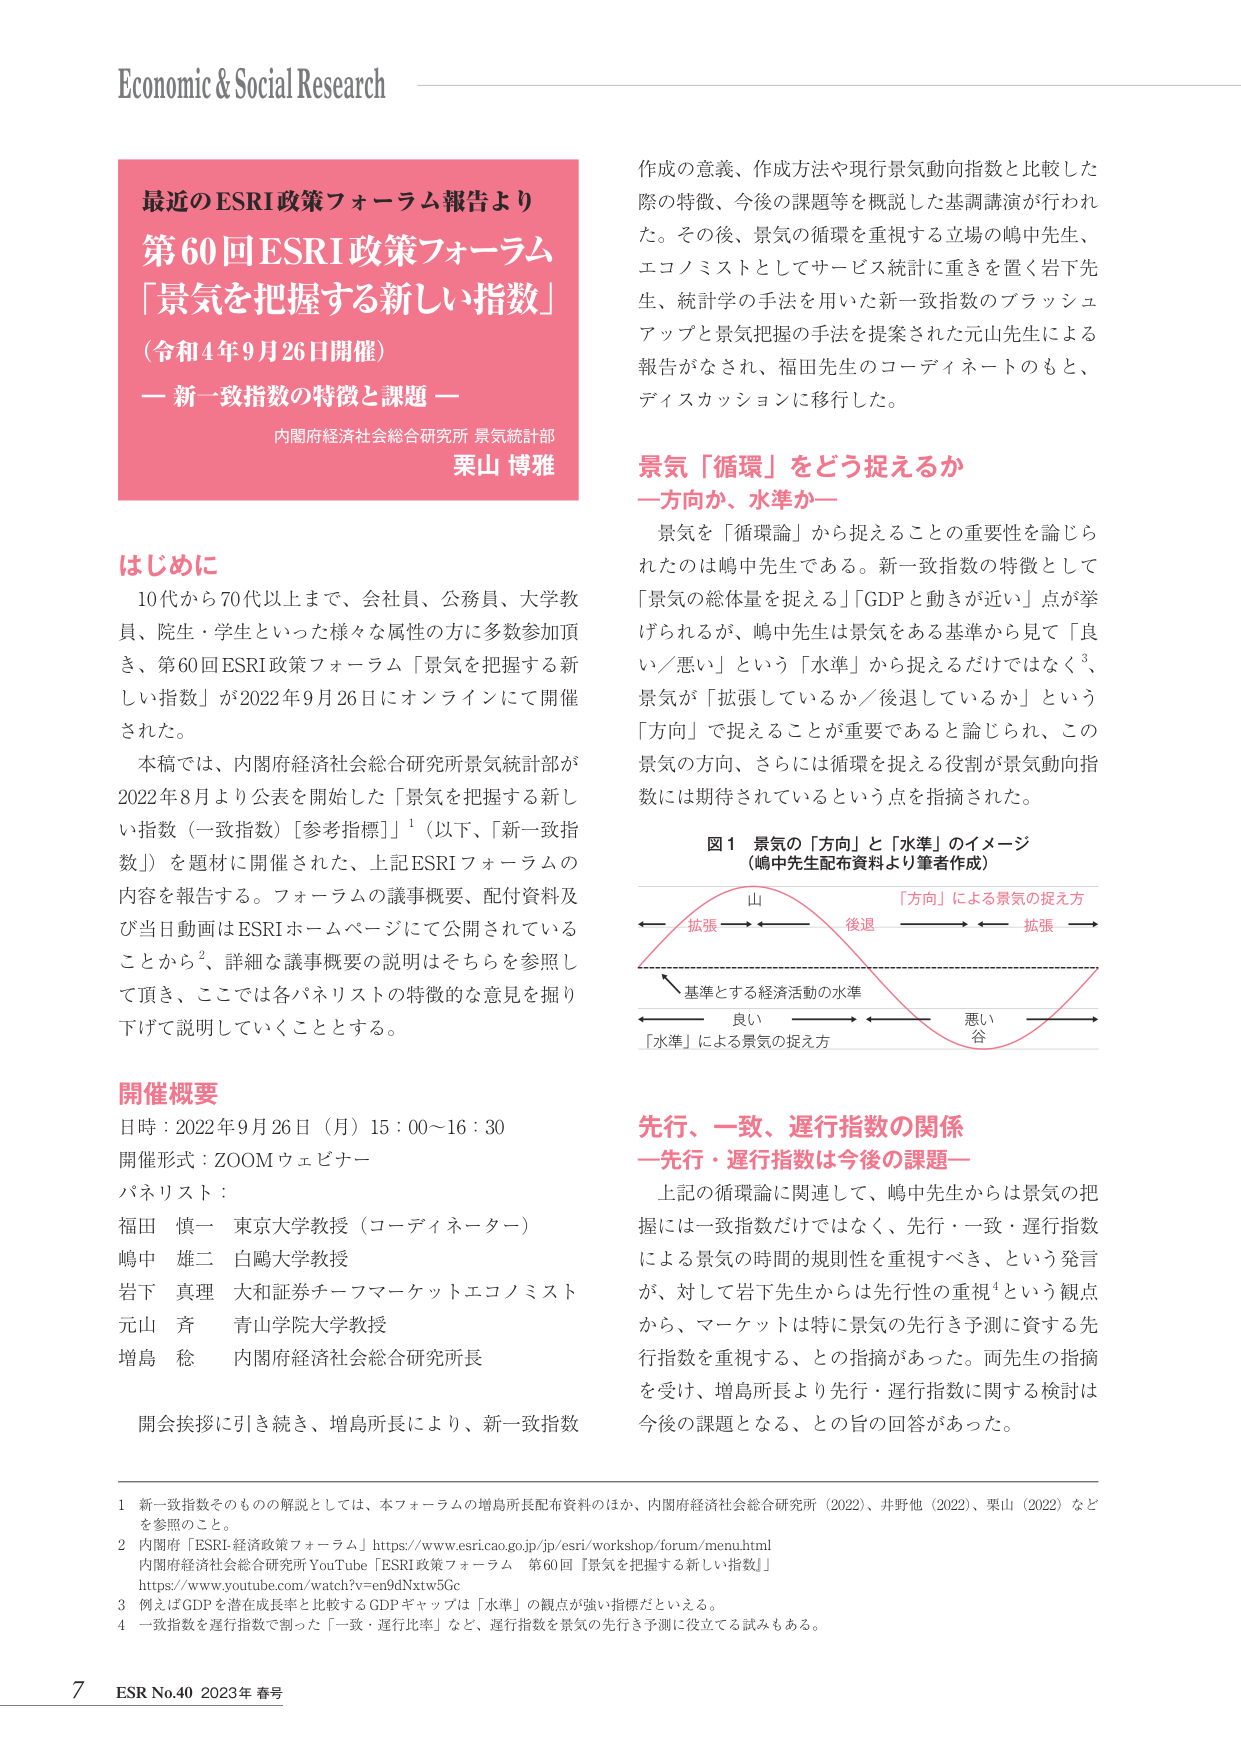
Economic & Social Research

最近のESRI政策フォーラム報告より
第60回ESRI政策フォーラム
「景気を把握する新しい指数」
（令和4年9月26日開催）
― 新一致指数の特徴と課題 ―
内閣府経済社会総合研究所 景気統計部
栗山 博雅

はじめに
10代から70代以上まで、会社員、公務員、大学教員、院生・学生といった様々な属性の方に多数参加頂き、第60回ESRI政策フォーラム「景気を把握する新しい指数」が2022年9月26日にオンラインにて開催された。
本稿では、内閣府経済社会総合研究所景気統計部が2022年8月より公表を開始した「景気を把握する新しい指数（一致指数）［参考指標］」¹（以下、「新一致指数」）を題材に開催された、上記ESRIフォーラムの内容を報告する。フォーラムの議事概要、配付資料及び当日動画はESRIホームページにて公開されていることから²、詳細な議事概要の説明はそちらを参照して頂き、ここでは各パネリストの特徴的な意見を掘り下げて説明していくこととする。

開催概要
日時：2022年9月26日（月）15：00～16：30
開催形式：ZOOMウェビナー
パネリスト：
福田 慎一 東京大学教授（コーディネーター）
嶋中 雄二 白鴎大学教授
岩下 真理 大和証券チーフマーケットエコノミスト
元山 斉 青山学院大学教授
増島 稔 内閣府経済社会総合研究所長

開会挨拶に引き続き、増島所長により、新一致指数

作成の意義、作成方法や現行景気動向指数と比較した際の特徴、今後の課題等を概説した基調講演が行われた。その後、景気の循環を重視する立場の嶋中先生、エコノミストとしてサービス統計に重きを置く岩下先生、統計学の手法を用いた新一致指数のブラッシュアップと景気把握の手法を提案された元山先生による報告がなされ、福田先生のコーディネートのもと、ディスカッションに移行した。

景気「循環」をどう捉えるか
―方向か、水準か―
景気を「循環論」から捉えることの重要性を論じられたのは嶋中先生である。新一致指数の特徴として「景気の総体量を捉える」「GDPと動きが近い」点が挙げられるが、嶋中先生は景気をある基準から見て「良い／悪い」という「水準」から捉えるだけではなく³、景気が「拡張しているか／後退しているか」という「方向」で捉えることが重要であると論じられ、この景気の方向、さらには循環を捉える役割が景気動向指数には期待されているという点を指摘された。

図1 景気の「方向」と「水準」のイメージ
（嶋中先生配布資料より筆者作成）

「方向」による景気の捉え方
← 拡張 → ← 後退 → ← 拡張 →
山
基準とする経済活動の水準
← 良い → ← 悪い →
「水準」による景気の捉え方
谷

先行、一致、遅行指数の関係
―先行・遅行指数は今後の課題―
上記の循環論に連関して、嶋中先生からは景気の把握には一致指数だけではなく、先行・一致・遅行指数による景気の時間的規則性を重視すべき、という発言が、対して岩下先生からは先行性の重視⁴という観点から、マーケットは特に景気の先行き予測に資する先行指数を重視する、との指摘があった。両先生の指摘を受け、増島所長より先行・遅行指数に関する検討は今後の課題となる、との旨の回答があった。

1 新一致指数そのものの解説としては、本フォーラムの増島所長配布資料のほか、内閣府経済社会総合研究所（2022）、井野他（2022）、栗山（2022）などを参照のこと。
2 内閣府「ESRI経済政策フォーラム」https://www.esricao.go.jp/jp/esri/workshop/forum/menu.html
内閣府経済社会総合研究所 YouTube「ESRI政策フォーラム 第60回『景気を把握する新しい指数』」
https://www.youtube.com/watch?v=en9dNxtw5Gc
3 例えばGDPを潜在成長率と比較するGDPギャップは「水準」の観点が強い指標だといえる。
4 一致指数を遅行指数で割った「一致・遅行比率」など、遅行指数を景気の先行き予測に役立てる試みもある。

7 ESR No.40 2023年 春号